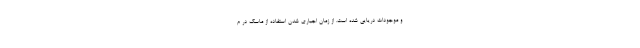
و موجودات دریایی شده است. از زمان اجباری شدن استفاده از ماسک در م